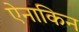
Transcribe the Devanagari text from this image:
ऐनाकिन